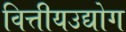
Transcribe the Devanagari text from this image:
वित्तीयउद्योग